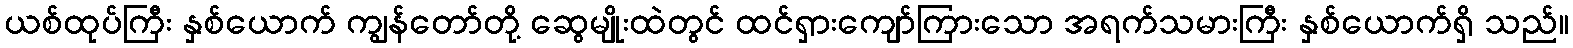
ယစ်ထုပ်ကြီး နှစ်ယောက် ကျွန်တော်တို့ ဆွေမျိုးထဲတွင် ထင်ရှားကျော်ကြားသော အရက်သမားကြီး နှစ်ယောက်ရှိ သည်။